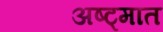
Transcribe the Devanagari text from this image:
अष्ट्मात